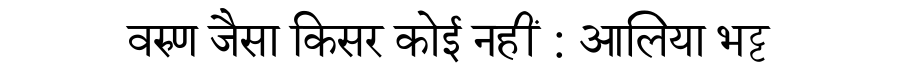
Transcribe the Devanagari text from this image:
वरुण जैसा किसर कोई नहीं : आलिया भट्ट